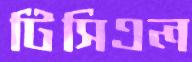
টিসিএল